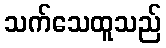
သက်သေထူသည်